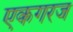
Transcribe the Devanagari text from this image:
एकगरज